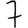
Digit: 7